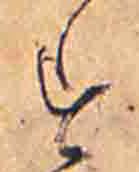
す